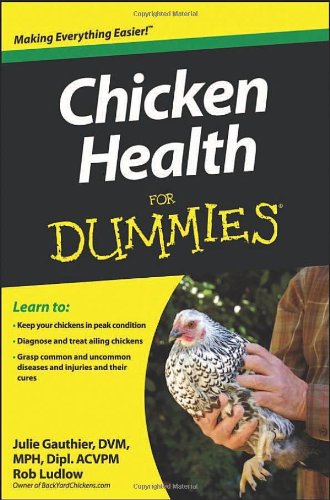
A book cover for Chicken Health For Dummies; Julie Gauthier; Science & Math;